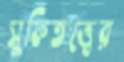
সুফিতত্ত্বের